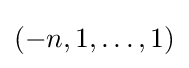
(-n,1,\dots ,1)